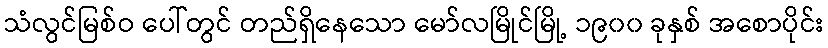
သံလွင်မြစ်ဝ ပေါ်တွင် တည်ရှိနေသော မော်လမြိုင်မြို့ ၁၉၀၀ ခုနှစ် အစောပိုင်း